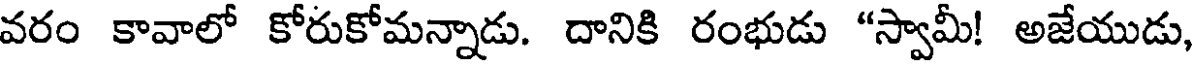
వరం కావాలో కోరుకోమన్నాడు. దానికి రంభుడు "స్వామీ! అజేయుడు,